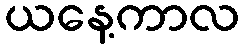
ယနေ့ကာလ